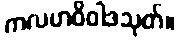
ကလဟဝိဝါဒသုတ်။